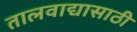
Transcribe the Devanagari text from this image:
तालवाद्यासाठी